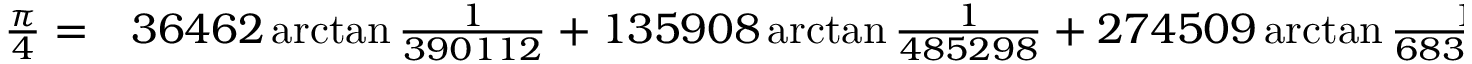
\begin{array} { r l } { { \frac { \pi } { 4 } } = } & { { } 3 6 4 6 2 \arctan { \frac { 1 } { 3 9 0 1 1 2 } } + 1 3 5 9 0 8 \arctan { \frac { 1 } { 4 8 5 2 9 8 } } + 2 7 4 5 0 9 \arctan { \frac { 1 } { 6 8 3 9 8 2 } } } \end{array}